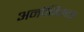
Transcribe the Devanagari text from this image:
अनोनिमस